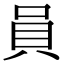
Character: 員